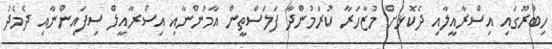
ހިބްރޫގައި އިސްރާއީލާއި ދެކޮޅަށް މުޒާހަރާ ކުރަމުންދާ ފަލަސްތީން އާމުންނާއި އިސްރާއީލް ސިފައިންނާއި ދެމެދު